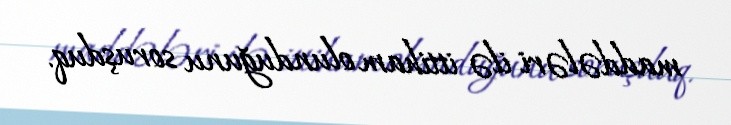
maddələri ilə ittiham olunduğunu soruşduq.